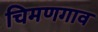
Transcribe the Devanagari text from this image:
चिमणगाव